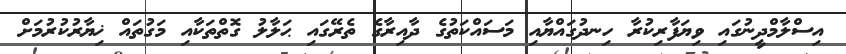
އިސްލާމްދީނުގައި ވިޔަފާރިކުރާ ހިނދުގައްޔާއި މަސައްކަތުގެ ދާއިރާގެ ތެރޭގައި ޙަލާލު ގޮތްތަކާއި މަގުތައް ޚިޔާރުކުރުމަށް